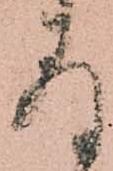
存